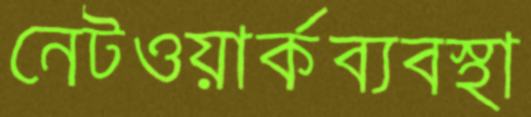
নেটওয়ার্কব্যবস্থা